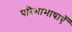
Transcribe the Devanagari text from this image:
परिभाभाषाएँ